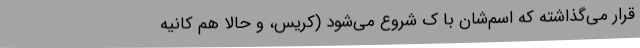
قرار می‌گذاشته که اسم‌شان با ک شروع می‌شود (کریس، و حالا هم کانیه